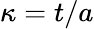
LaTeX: \kappa=t/a